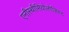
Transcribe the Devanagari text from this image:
एनीस्थीसियोलोजिस्ट